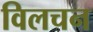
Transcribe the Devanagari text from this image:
विलचन